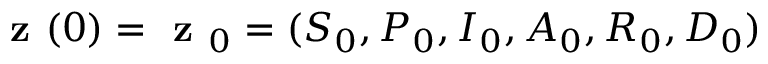
\textbf { z } ( 0 ) = \textbf { z } _ { 0 } = ( S _ { 0 } , P _ { 0 } , I _ { 0 } , A _ { 0 } , R _ { 0 } , D _ { 0 } )